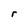
Character: r